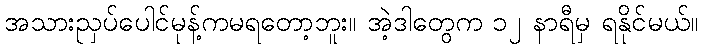
အသားညှပ်ပေါင်မုန့်ကမရတော့ဘူး။ အဲ့ဒါတွေက ၁၂ နာရီမှ ရနိုင်မယ်။